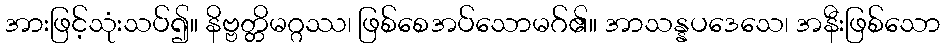
အားဖြင့်သုံးသပ်၍။ နိဗ္ဗတ္တိမဂ္ဂဿ၊ ဖြစ်စေအပ်သောမဂ်၏။ အာသန္နပဒေသေ၊ အနီးဖြစ်သော